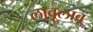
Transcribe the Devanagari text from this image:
लावूलावू